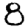
Digit: 8